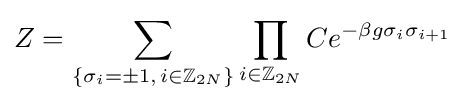
Z=\sum _{\{\sigma _{i}=\pm 1,\,i\in \mathbb {Z} _{2N}\}}\prod _{i\in \mathbb {Z} _{2N}}Ce^{-\beta g\sigma _{i}\sigma _{i+1}}